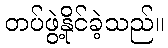
တပ်ဖွဲ့နိုင်ခဲ့သည်။